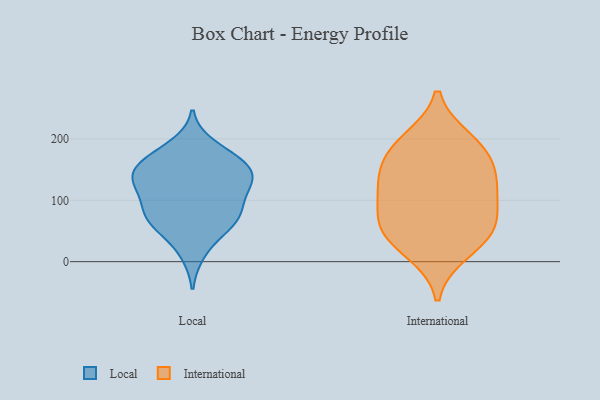
{"axis": {"x": "Production Output", "y": "Value"}, "legend": ["International", "Local"], "data": [{"x": "", "y": 120, "type": "Local"}, {"x": "", "y": 140, "type": "Local"}, {"x": "", "y": 129, "type": "Local"}, {"x": "", "y": 63, "type": "Local"}, {"x": "", "y": 124, "type": "Local"}, {"x": "", "y": 152, "type": "Local"}, {"x": "", "y": 159, "type": "Local"}, {"x": "", "y": 163, "type": "Local"}, {"x": "", "y": 14, "type": "Local"}, {"x": "", "y": 68, "type": "Local"}, {"x": "", "y": 51, "type": "Local"}, {"x": "", "y": 188, "type": "Local"}, {"x": "", "y": 130, "type": "Local"}, {"x": "", "y": 86, "type": "Local"}, {"x": "", "y": 169, "type": "Local"}, {"x": "", "y": 86, "type": "Local"}, {"x": "", "y": 75, "type": "Local"}, {"x": "", "y": 51, "type": "International"}, {"x": "", "y": 178, "type": "International"}, {"x": "", "y": 120, "type": "International"}, {"x": "", "y": 17, "type": "International"}, {"x": "", "y": 180, "type": "International"}, {"x": "", "y": 133, "type": "International"}, {"x": "", "y": 128, "type": "International"}, {"x": "", "y": 56, "type": "International"}, {"x": "", "y": 49, "type": "International"}, {"x": "", "y": 87, "type": "International"}, {"x": "", "y": 197, "type": "International"}]}